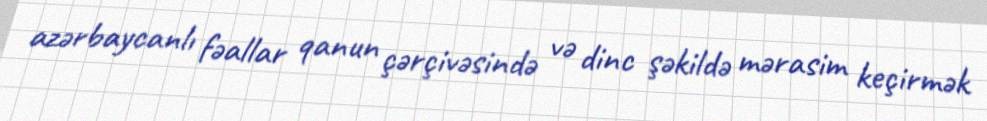
azərbaycanlı fəallar qanun çərçivəsində və dinc şəkildə mərasim keçirmək